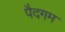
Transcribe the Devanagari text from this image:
पैदगम